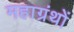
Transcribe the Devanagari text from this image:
महाग्रंथों